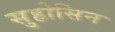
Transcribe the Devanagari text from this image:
सुहोसिन